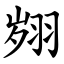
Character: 翙